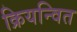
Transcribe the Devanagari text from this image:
क्रियन्वित